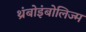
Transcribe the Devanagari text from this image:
थ्रंबोइंबोलिज्म